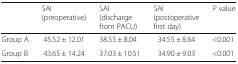
<table><thead><tr><td></td><td><b>SAI (preoperative)</b></td><td><b>SAI(discharge from PACU)</b></td><td><b>SAI(postoperative first day)</b></td><td><b><i>P</i> value</b></td></tr></thead><tbody><tr><td>Group A</td><td>45.52 ± 12.01</td><td>38.55 ± 8.04</td><td>34.55 ± 8.64</td><td>&lt;0.001</td></tr><tr><td>Group B</td><td>43.65 ± 14.24</td><td>37.03 ± 10.51</td><td>34.90 ± 9.03</td><td>&lt;0.001</td></tr></tbody></table>